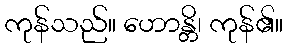
ကုန်သည်။ ဟောန္တိ၊ ကုန်၏။